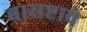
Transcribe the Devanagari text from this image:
बासष्टावे